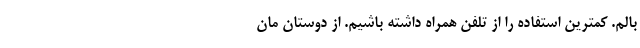
بالم. کمترین استفاده را از تلفن همراه داشته باشیم. از دوستان مان